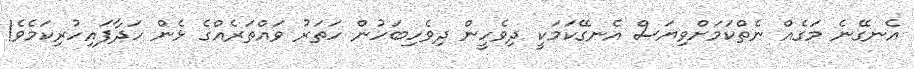
އެނގޭނެ މަގެއް ނެތްކަމަށްވިޔަސް އެނގޭކަމަކީ ދިވެހީން ދިވެހިބަހުން ހަތަރު ވައްތަރެއްގެ ޅެން ހަދާފައިހުރިކަމެވެ!